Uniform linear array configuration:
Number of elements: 8
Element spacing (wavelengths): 1
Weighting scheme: exponential
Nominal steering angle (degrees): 45
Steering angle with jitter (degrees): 46.898
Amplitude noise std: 0.05
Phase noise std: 0.05

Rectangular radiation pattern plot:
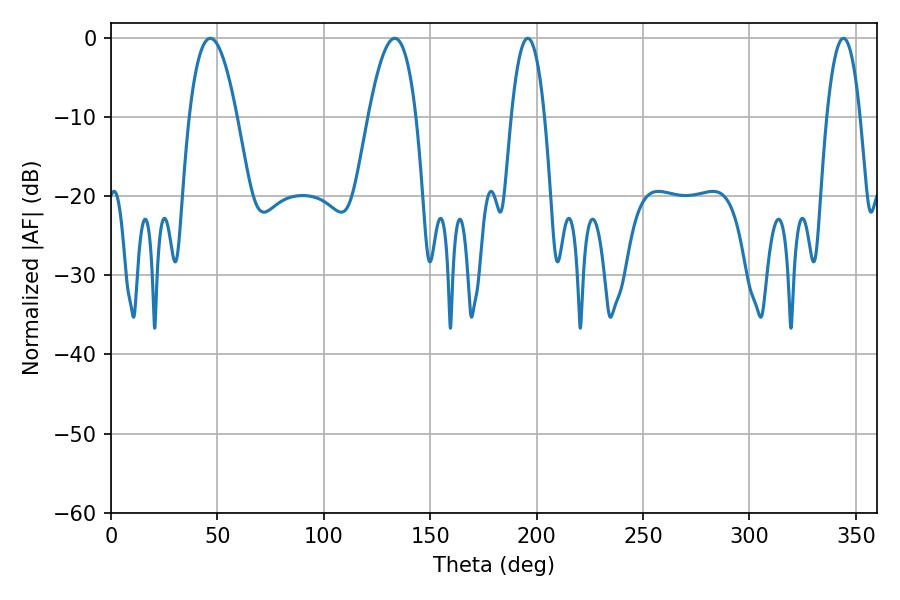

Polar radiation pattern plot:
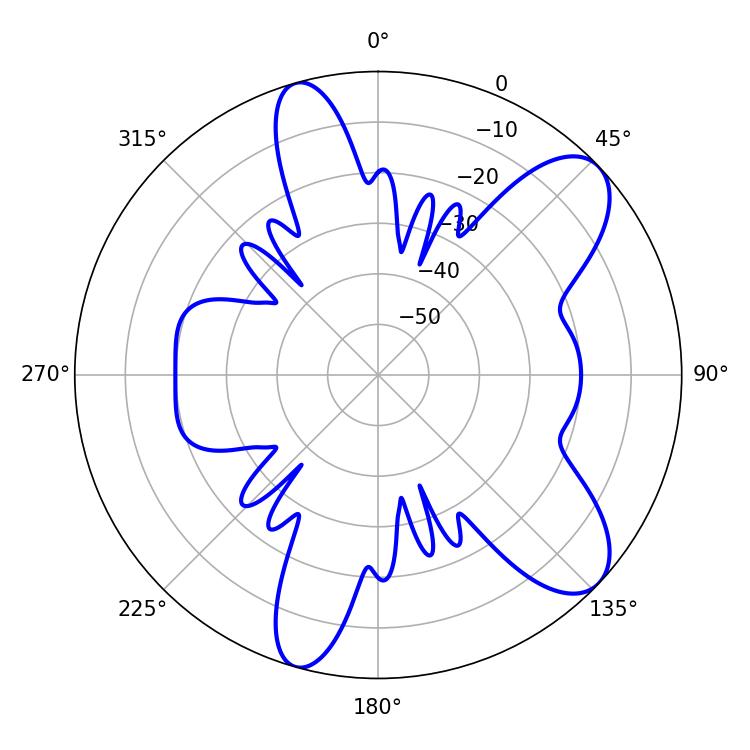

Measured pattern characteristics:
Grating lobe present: TRUE
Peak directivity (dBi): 9.042
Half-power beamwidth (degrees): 8.64
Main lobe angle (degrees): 195.84